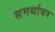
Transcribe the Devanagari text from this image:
समर्थावर